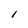
Character: l